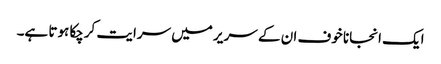
ایک انجانا خوف ان کے سر یر میں سرایت کرچکا ہوتا ہے۔